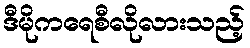
ဒီမိုကရေစီလိုလားသည့်